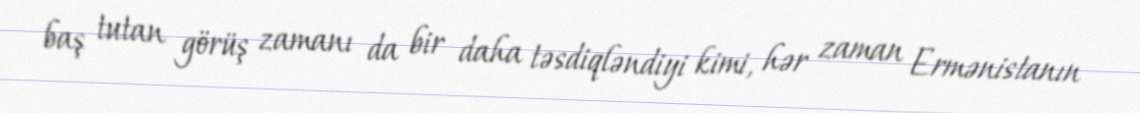
baş tutan görüş zamanı da bir daha təsdiqləndiyi kimi, hər zaman Ermənistanın